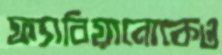
ফ্যাবিয়ানোকেও